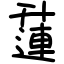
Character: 𨖲